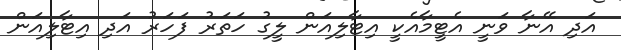
އަދި އޭނާ ވަނީ އެޓީމާއެކީ އިޓާލިއަން ލީގު ހަތަރު ފަހަރު އަދި އިޓާލިއަން